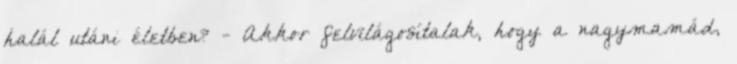
halál utáni életben? - Akkor felvilágosítalak, hogy a nagymamád,